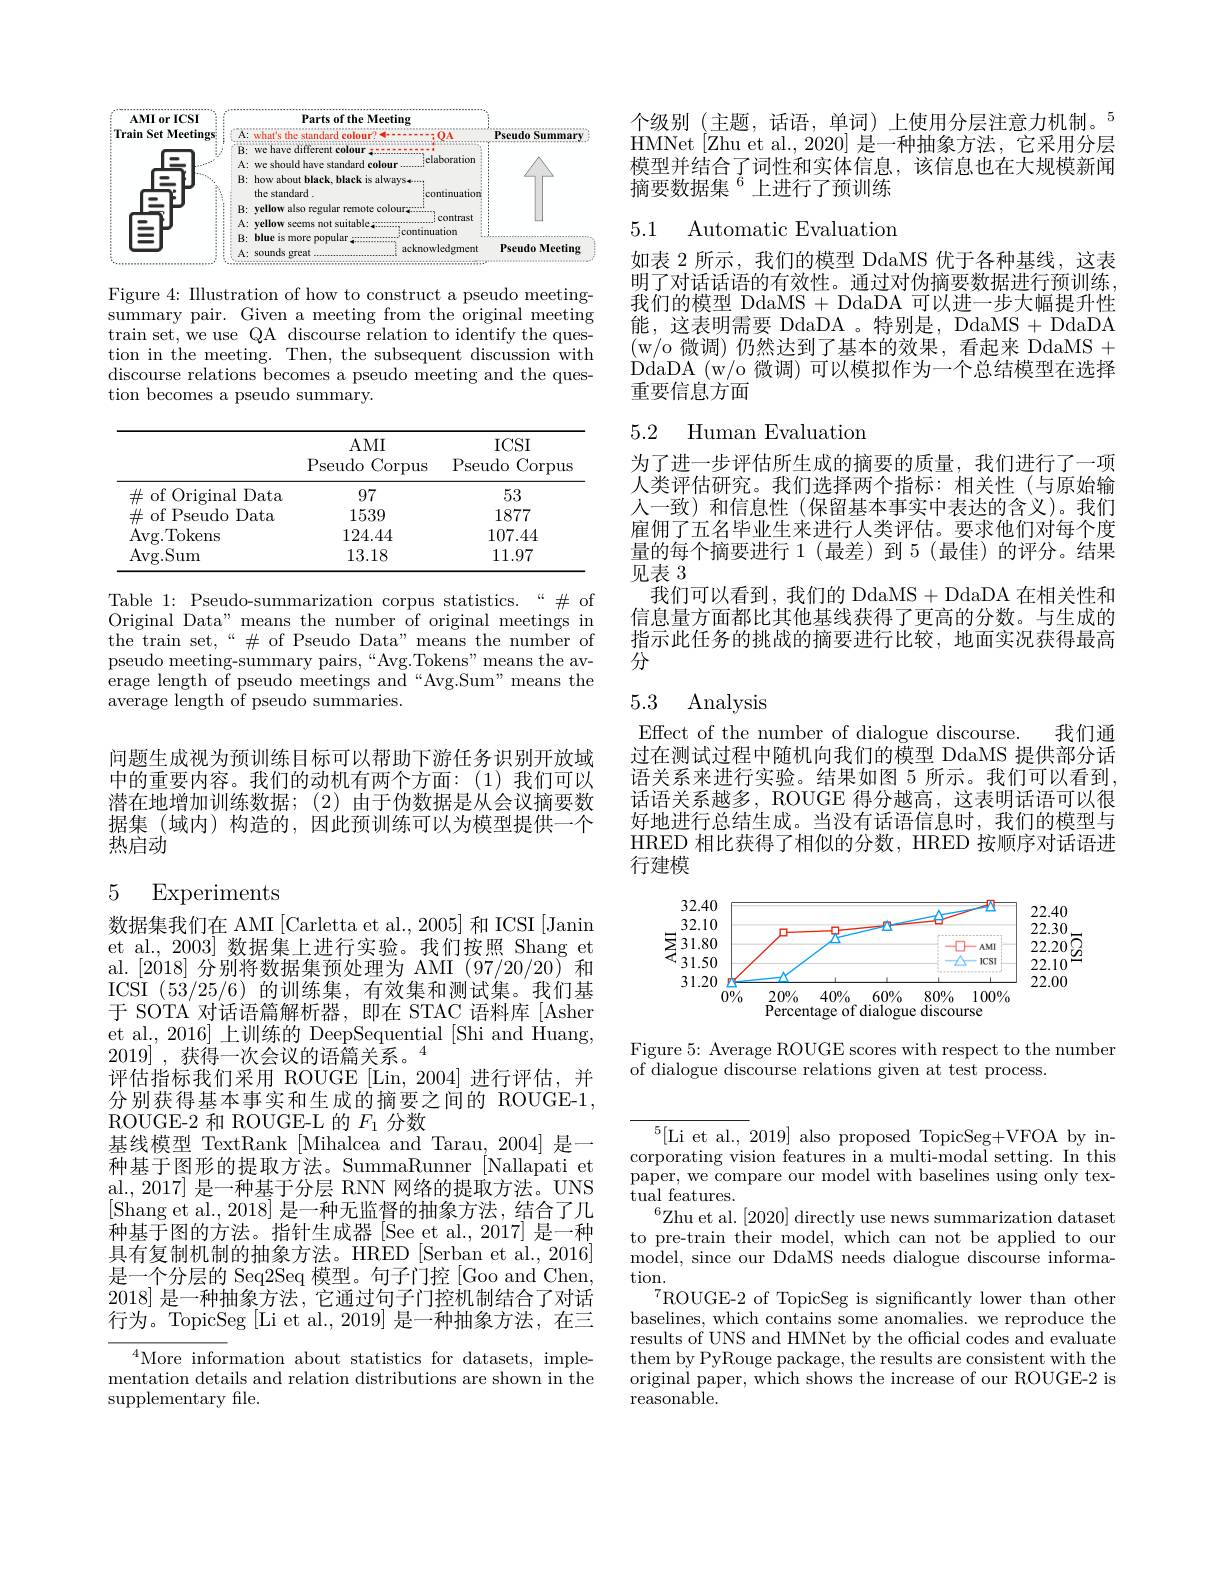
<FigureHere>

Figure 4: Illustration of how to construct a pseudo meetingsummary pair. Given a meeting from the original meeting train set, we use QA discourse relation to identify the question in the meeting. Then, the subsequent discussion with discourse relations becomes a pseudo meeting and the question becomes a pseudo summary.

<table>
	<tbody>
		<tr>
			<th> </th>
			<th>$AMI$ Pseudo Corpus</th>
			<th>$ICSI$ Pseudo Corpus</th>
		</tr>
		<tr>
			<td>$\#$ of Original $\mathbf{l}$Data</td>
			<td>97</td>
			<td>53</td>
		</tr>
		<tr>
			<td>$\#$ of Pseudo Data</td>
			<td>1539</td>
			<td>1877</td>
		</tr>
		<tr>
			<td>Avg. Tokens</td>
			<td>124.44</td>
			<td>107.44</td>
		</tr>
		<tr>
			<td>Avg. Sum</td>
			<td>13.18</td>
			<td>11.97</td>
		</tr>
	</tbody>
</table>

Table 1: Pseudo-summarization corpus statistics.“# of Original Data" means the number of original meetings in the train set,“# $\#$ of Pseudo Data"means the number of pseudo meeting-summary pairs,“Avg.Tokens”means the average length of pseudo meetings and“Avg.Sum”means the $\bar{\text{average length of pseudo summaries.}}$

问题生成视为预训练目标可以帮助下游任务识别开放域中的重要内容。我们的动机有两个方面：(1)我们可以潜在地增加训练数据；(2)由于伪数据是从会议摘要数据集 (域内) 构造的，因此预训练可以为模型提供一个热启动

### 5 Experiments

数据集我们在 AMI [Carletta et al., 2005] 和 ICSI [Janin et al., 2003] 数据集上进行实验。我们按照 Shang et al.[2018]分别将数据集预处理为 AMI (97/20/20) 和ICSI (53/25/6)的训练集，有效集和测试集。我们基于 SOTA 对话语篇解析器，即在 STAC 语料库[Asher et al., 2016] 上训练的 DeepSequential [Shi and Huang, $2019]^{\prime}$,获得一次会议的语篇关系。$^4$
评估指标我们采用 ROUGE[Lin,2004]进行评估，并分别获得基本事实和生成的摘要之间的 ROUGE-1, ROUGE-2 和 ROUGE-L 的$F_{1}$分数
基线模型 TextRank [Mihalcea and Tarau, 2004] 是一种基于图形的提取方法。SummaRunner [Nallapati et al., 2017] 是一种基于分层 RNN 网络的提取方法。UNS [Shang et al., 2018] 是一种无监督的抽象方法，结合了几种基于图的方法。指针生成器[See et al., 2017] 是一种具有复制机制的抽象方法。HRED [Serban et al., 2016] 是一个分层的 Seq2Seq 模型。句子门控 [Goo and Chen, 2018]是一种抽象方法，它通过句子门控机制结合了对话行为。TopicSeg [Li et al.,2019] 是一种抽象方法，在三

$^{4}$More information about statistics for datasets, implementation details and relation distributions are shown in the supplementary file.

个级别(主题，话语，单词)上使用分层注意力机制。$^{5}$ HMNet[Zhu et al.,2020] 是一种抽象方法，它采用分层模型并结合了词性和实体信息，该信息也在大规模新闻摘要数据集$^{6}$上进行了预训练

5.1 Automatic Evaluation

如表 2 所示，我们的模型 DdaMS 优于各种基线，这表明了对话话语的有效性。通过对伪摘要数据进行预训练， 我们的模型 DdaMS + DdaDA 可以进一步大幅提升性能，这表明需要 DdaDA 。特别是，DdaMS + DdaDA (w/o 微调)仍然达到了基本的效果，看起来 DdaMS + DdaDA (w/o 微调) 可以模拟作为一个总结模型在选择重要信息方面

## 5.2 Human Evaluatior

为了进一步评估所生成的摘要的质量，我们进行了一项人类评估研究。我们选择两个指标：相关性(与原始输人一致)和信息性(保留基本事实中表达的含义)。我们雇佣了五名毕业生来进行人类评估。要求他们对每个度量的每个摘要进行 1(最差)到 5(最佳) 的评分。结果见表3
我们可以看到，我们的 DdaMS+DdaDA 在相关性和信息量方面都比其他基线获得了更高的分数。与生成的指示此任务的挑战的摘要进行比较，地面实况获得最高分

## 5.3 Analysis

Effect of the number of dialogue discourse. 我们通过在测试过程中随机向我们的模型 DdaMS 提供部分话语关系来进行实验。结果如图 5 所示。我们可以看到话语关系越多，ROUGE 得分越高，这表明话语可以很好地进行总结生成。当没有话语信息时，我们的模型与HRED 相比获得了相似的分数，HRED 按顺序对话语进行建模

<FigureHere>

Figure 5: Average ROUGE scores with respect to the number
of dialogue discourse relations given at test process.

${\overline{{^5[\text{Li et al., }2019]}}}$also proposed TopicSeg+VFOA by incorporating vision features in a multi-modal setting. In this paper, we compare our model with baselines using only textual features.
$^{6}$Zhu et al. [2020] directly use news summarization dataset to pre-train their model, which can not be applied to our model, since our DdaMS needs dialogue discourse information.
ROUGE-2 of TopicSeg is significantly lower than other baselines, which contains some anomalies. we reproduce the results of UNS and HMNet by the official codes and evaluate them by PyRouge package, the results are consistent with the original paper, which shows the increase of our ROUGE-2 is reasonable.